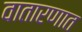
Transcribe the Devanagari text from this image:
वातारणात